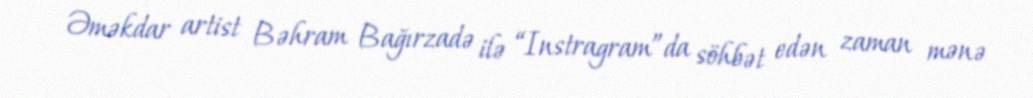
Əməkdar artist Bəhram Bağırzadə ilə “Instragram”da söhbət edən zaman mənə